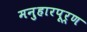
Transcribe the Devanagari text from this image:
मनुहारपूर्ण